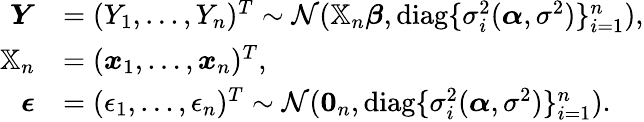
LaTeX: \begin{array}{rl}{\boldsymbol{Y}}&{=(Y_{1},\ldots,Y_{n})^{T}\sim\mathcal{N}(\mathbb{X}_{n}\boldsymbol{\beta},\mathrm{diag}\{ \sigma_{i}^{2}(\boldsymbol{\alpha},\sigma^{2})\} _{i=1}^{n}),}\\ {\mathbb{X}_{n}}&{=(\boldsymbol{x}_{1},\ldots,\boldsymbol{x}_{n})^{T},}\\ {\boldsymbol{\epsilon}}&{=(\epsilon_{1},\ldots,\epsilon_{n})^{T}\sim\mathcal{N}(\boldsymbol{0}_{n},\mathrm{diag}\{ \sigma_{i}^{2}(\boldsymbol{\alpha},\sigma^{2})\} _{i=1}^{n}).}\end{array}